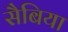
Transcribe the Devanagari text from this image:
सैबिया